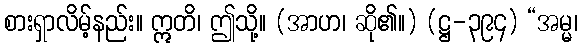
စားရှာလိမ့်နည်း။ ဣတိ၊ ဤသို့။ (အာဟ၊ ဆို၏။) (ဋ္ဌ-၃၉၄) “အမ္မ၊